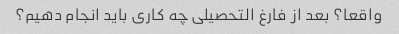
واقعا؟ بعد از فارغ التحصیلی چه کاری باید انجام دهیم؟